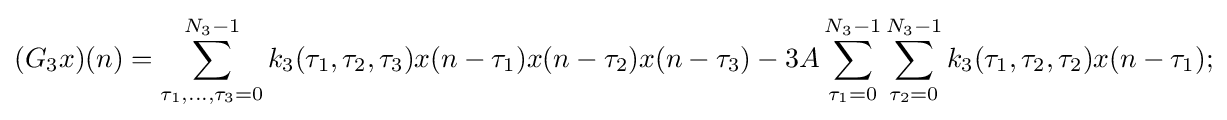
(G_{3}x)(n)=\sum _{\tau _{1},\ldots ,\tau _{3}=0}^{N_{3}-1}k_{3}(\tau _{1},\tau _{2},\tau _{3})x(n-\tau _{1})x(n-\tau _{2})x(n-\tau _{3})-3A\sum _{\tau _{1}=0}^{N_{3}-1}\sum _{\tau _{2}=0}^{N_{3}-1}k_{3}(\tau _{1},\tau _{2},\tau _{2})x(n-\tau _{1});